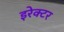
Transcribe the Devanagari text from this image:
इरेक्टर